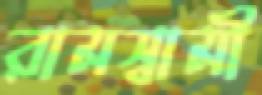
রামস্বামী